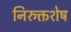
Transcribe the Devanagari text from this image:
निरुक्तशेष